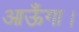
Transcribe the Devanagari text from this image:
आऊँगा।